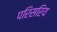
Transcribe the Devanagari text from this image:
परिसरिय